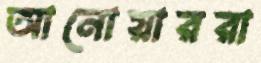
আনোয়াররা